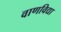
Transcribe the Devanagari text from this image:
वाणविद्या